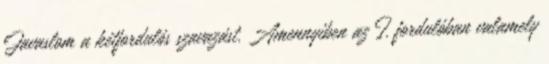
Javaslom a kétfordulós szavazást. Amennyiben az I. fordulóban valamely